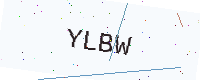
Text: YLBW